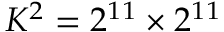
K ^ { 2 } = 2 ^ { 1 1 } \times 2 ^ { 1 1 }